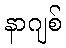
နာဂျစ်